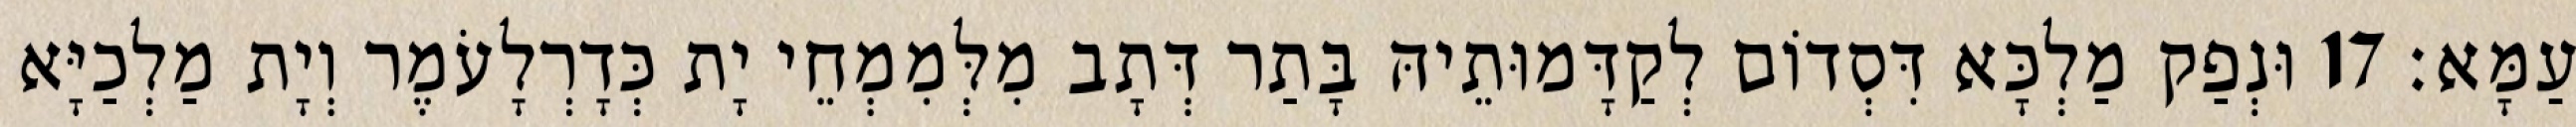
עַמָּא׃ 17 וּנְפַק מַלְכָּא דִּסְדוֹם לְקַדָּמוּתֵיהּ בָּתַר דְּתָב מִלְּמִמְחֵי יָת כְּדָרְלָעֹמֶר וְיָת מַלְכַיָּא